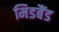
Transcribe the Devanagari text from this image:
मिडबैंड